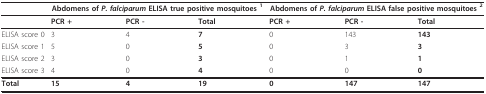
|  | <COLSPAN=3> Abdomens of P. falciparum ELISA true positive mosquitoes 1 | <COLSPAN=3> Abdomens of P. falciparum ELISA false positive mosquitoes 2 |
 | --- | --- | --- | --- | --- | --- | --- |
 |  | PCR + | PCR - | Total | PCR + | PCR - | Total |
 | ELISA score 0 | 3 | 4 | 7 | 0 | 143 | 143 |
 | ELISA score 1 | 5 | 0 | 5 | 0 | 3 | 3 |
 | ELISA score 2 | 3 | 0 | 3 | 0 | 1 | 1 |
 | ELISA score 3 | 4 | 0 | 4 | 0 | 0 | 0 |
 | Total | 15 | 4 | 19 | 0 | 147 | 147 |